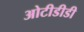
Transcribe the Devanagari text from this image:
ओटीडीडी